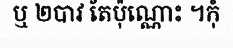
ឬ ២បាវ តែប៉ុណ្ណោះ ។កុំ